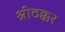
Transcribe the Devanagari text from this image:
श्रीठक्कर